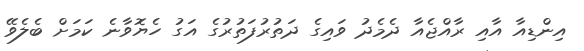
އިންޑިއާ އާއި ރާއްޖެއާ ދެމެދު ވައިގެ ދަތުރުފަތުރުގެ އަގު ހެޔޮވާނެ ކަމަށް ބެލެވޭ